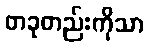
တခုတည်းကိုသာ